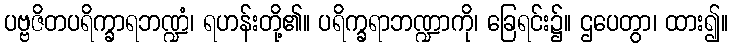
ပဗ္ဗဇိတပရိက္ခာရဘဏ္ဍံ၊ ရဟန်းတို့၏။ ပရိက္ခရာဘဏ္ဍာကို၊ ခြေရင်း၌။ ဌပေတွာ၊ ထား၍။